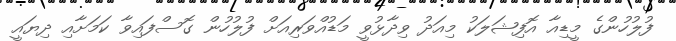
ފުލުހުންގެ މީޑިއާ އޮފިޝަލަކު މިއަދު ވިދާޅުވީ މަޑުއްވަރިއަށް ފުލުހުން ގޮސްފައިވާ ކަމަށާއި ދިޔައީ